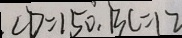
C D = 1 5 0 ^ { \circ } , B C = 1 2